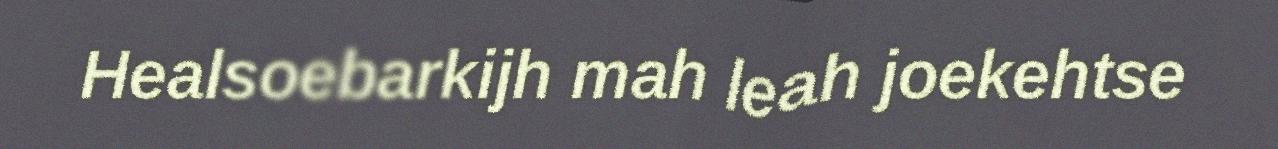
Healsoebarkijh mah leah joekehtse